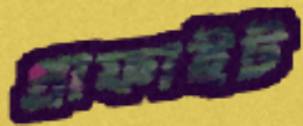
গ্রাফাইট